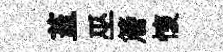
蓋巫簷懷